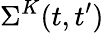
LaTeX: \Sigma^{K}(t,t^{\prime})